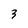
Character: 3